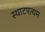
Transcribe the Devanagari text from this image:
स्थाटपत्यम